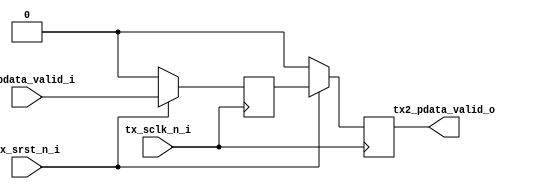
module sync_valid_p_2_s(
	input tx_sclk_n_i,
	input tx_srst_n_i,
	input tx_pdata_valid_i,
	output reg tx2_pdata_valid_o
);

reg tx1_pdata_valid_o;

always@(posedge tx_sclk_n_i)
	if(!tx_srst_n_i)
		begin
			tx2_pdata_valid_o <= 1'b0;
			tx1_pdata_valid_o <= 1'b0;
		end
	else
		begin
			tx2_pdata_valid_o <= tx1_pdata_valid_o;
			tx1_pdata_valid_o	<= tx_pdata_valid_i;
		end

endmodule